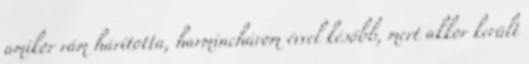
amikor rám hárította, harminchárom évvel később, mert akkor került